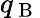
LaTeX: q_{\mathrm{~B~}}